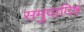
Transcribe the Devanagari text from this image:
समुपादिष्टं